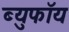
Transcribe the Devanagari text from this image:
ब्युफॉय